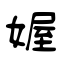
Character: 媉